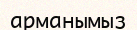
арманымыз